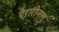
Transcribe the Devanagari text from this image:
पैरारीनल